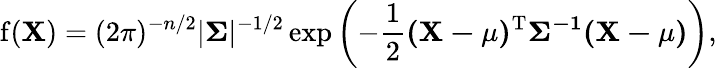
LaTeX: \operatorname{f}(\mathbf{X})=(2\pi)^{-n/2}|\mathbf{\Sigma}|^{-1/2}\exp\left(-{\frac{1}{2}}\mathbf{(X-\mu)^{\mathrm{{T}}}\Sigma^{-1}(X-\mu)}\right),